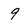
Character: 9